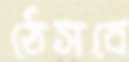
ঠেসবে